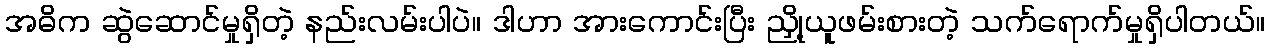
အဓိက ဆွဲဆောင်မှုရှိတဲ့ နည်းလမ်းပါပဲ။ ဒါဟာ အားကောင်းပြီး ညှို့ယူဖမ်းစားတဲ့ သက်ရောက်မှုရှိပါတယ်။